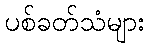
ပစ်ခတ်သံများ